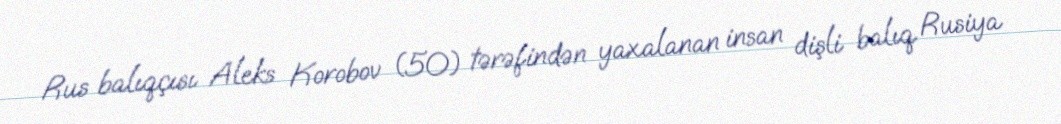
Rus balıqçısı Aleks Korobov (50) tərəfindən yaxalanan insan dişli balıq Rusiya